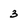
Character: 3